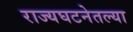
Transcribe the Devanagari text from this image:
राज्यघटनेतल्या